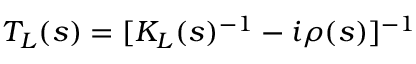
T _ { L } ( s ) = [ K _ { L } ( s ) ^ { - 1 } - i \rho ( s ) ] ^ { - 1 }